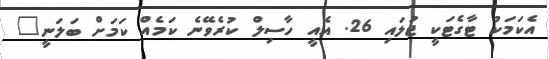
އެކަމަކު ޓާގެޓަކީ ޖުލައި 26. އެއީ ހާސިލް ކުރެވޭނެ ކަމެއް ކަމަށް ބަލަނީ"